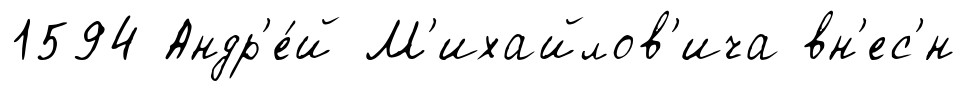
1594 Андр'е́й М'ихайлов'ича вн'ес'́н